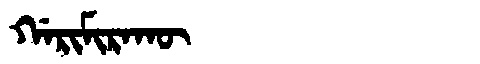
Manchu: ᡤᠠᡵᡳᠮᡳᡵᠠᡴᡡ
Romanization: GARIMIRAKŪ